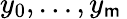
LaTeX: y_{0},\ldots,y_{\mathsf{m}}\,